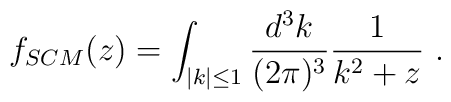
f_{SCM}(z)=\int _{|k|\leq 1}{{d^3 k}\over {(2\pi)^3}}{1\over {k^2+z}}\ .